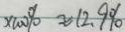
\times 1 0 0 \% \approx 1 2 . 9 \%